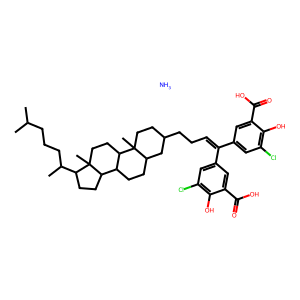
SMILES: CC(C)CCCC(C)C1CCC2C3CCC4CC(CCC=C(c5cc(Cl)c(O)c(C(=O)O)c5)c5cc(Cl)c(O)c(C(=O)O)c5)CCC4(C)C3CCC12C.N
Inhibits HIV replication: Yes